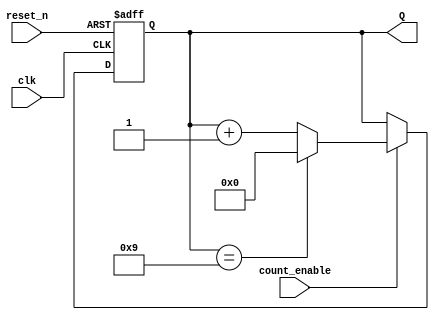
module BCD_Asynchronous_Counter (
    input wire clk,             // Clock input
    input wire reset_n,         // Asynchronous active-low reset
    input wire count_enable,     // Count enable signal
    output reg [3:0] Q          // 4-bit output for BCD count
);

// Asynchronous reset and counting logic
always @(posedge clk or negedge reset_n) begin
    if (!reset_n) begin
        // Asynchronous reset
        Q <= 4'b0000;
    end else if (count_enable) begin
        // Increment the counter
        if (Q == 4'b1001) begin
            // Reset to 0 when reaching 10 (1010)
            Q <= 4'b0000;
        end else begin
            // Increment the counter
            Q <= Q + 1;
        end
    end
end

endmodule